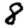
Digit: 8